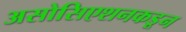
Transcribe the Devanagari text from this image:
असोसिएशनकडून